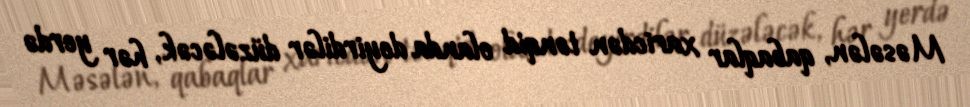
Məsələn, qabaqlar xaricdən tənqid olanda deyirdilər düzələcək, hər yerdə